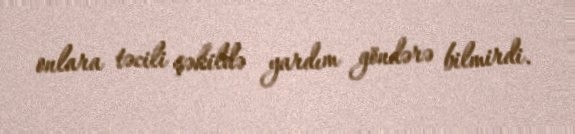
onlara təcili şəkildə yardım göndərə bilmirdi.